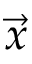
\vec { x }